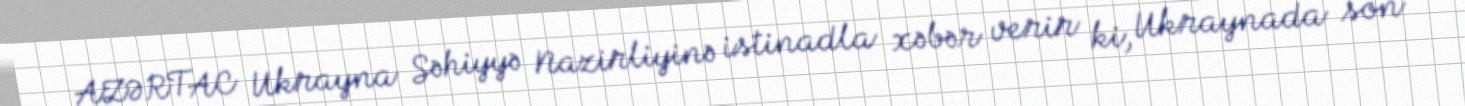
AZƏRTAC Ukrayna Səhiyyə Nazirliyinə istinadla xəbər verir ki, Ukraynada son